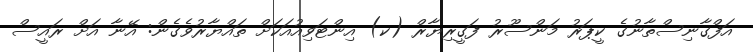
އަފްގާނިސްތާނުގެ ކީޕަރު މަންސޫރު ފަގީރިޔާރް (ކ) އިންޓަވިއުއަކަށް ތައްޔާރުވެގެން: އޭނާ އަށް ރައީސް